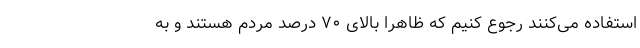
استفاده می‌کنند رجوع کنیم که ظاهراً بالای ۷۰ درصد مردم هستند و به